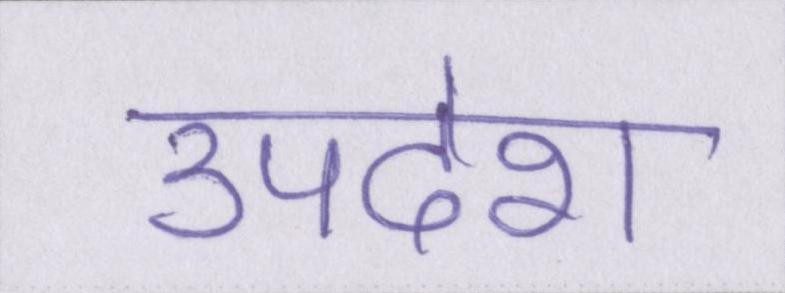
उपदेश